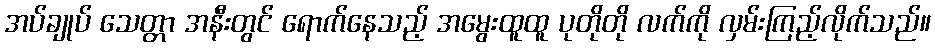
အပ်ချုပ် သေတ္တာ အနီးတွင် ရောက်နေသည့် အမွေးထူထူ ပုတိုတို လက်ကို လှမ်းကြည့်လိုက်သည်။